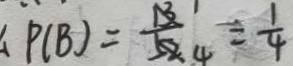
P ( B ) = \frac { 1 } { 4 } = \frac { 1 } { 4 }